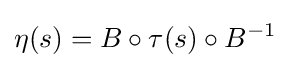
\eta (s)=B\circ \tau (s)\circ B^{-1}